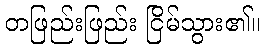
တဖြည်းဖြည်း ငြိမ်သွား၏။